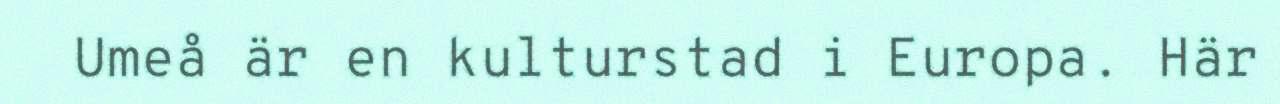
Umeå är en kulturstad i Europa. Här